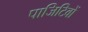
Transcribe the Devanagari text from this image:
पाजिटिवों